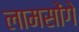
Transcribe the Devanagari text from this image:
लामसोंगे